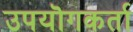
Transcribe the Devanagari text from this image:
उपयॊगकर्ता